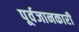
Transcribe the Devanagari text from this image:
पूर्वजानकारी